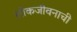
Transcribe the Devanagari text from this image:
लोकजीवनाची